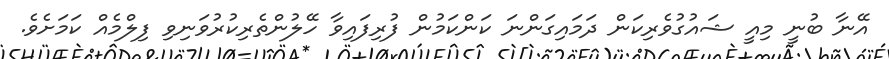
އޭނާ ބުނީ މިއީ ޝައުގުވެރިކަން ދަމައިގަންނަ ކަންކަމުން ފުރިފައިވާ ހޭލުންތެރިކުރުވަނިވި ފިލްމެއް ކަމަށެވެ.